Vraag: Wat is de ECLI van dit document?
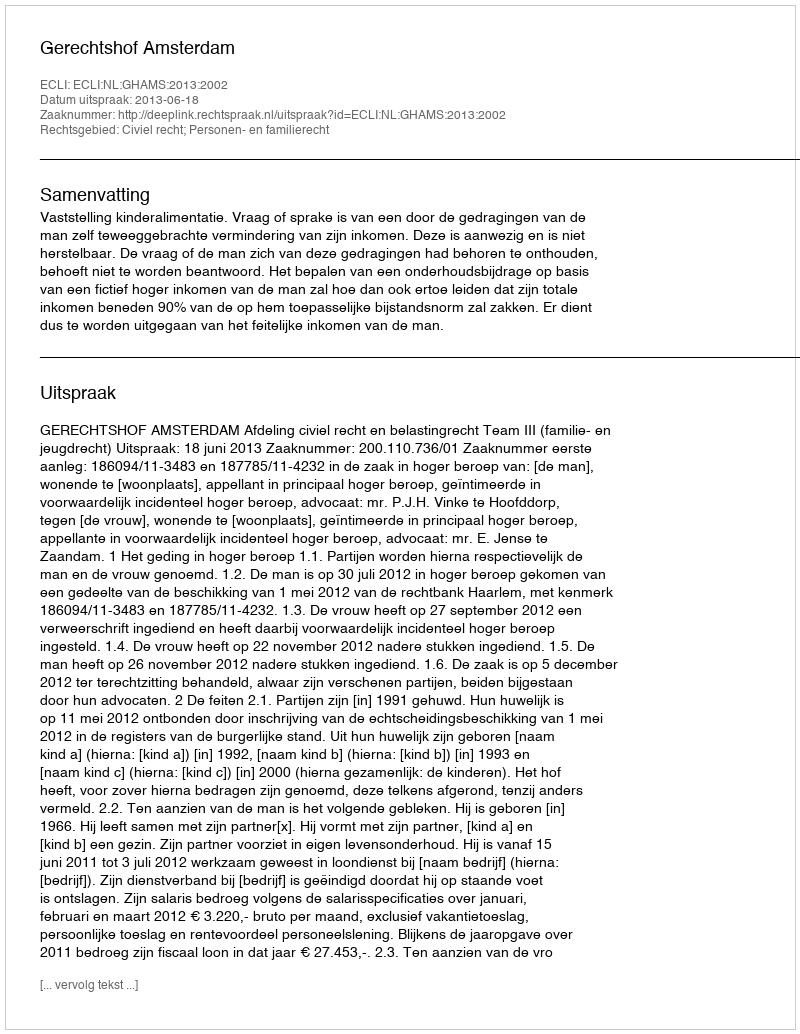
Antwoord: ECLI:NL:GHAMS:2013:2002